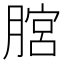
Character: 𦞨